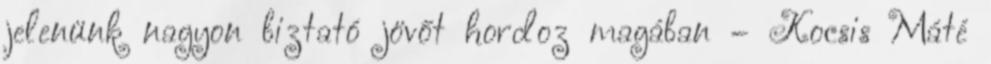
jelenünk nagyon biztató jövőt hordoz magában – Kocsis Máté